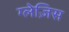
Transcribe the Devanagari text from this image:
ग्लेज़िस